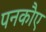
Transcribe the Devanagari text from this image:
पनकौए